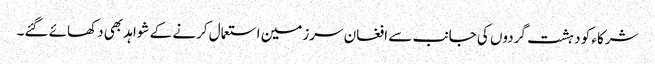
شرکاء کو دہشت گردوں کی جانب سے افغان سرزمین استعمال کرنے کے شواہد بھی دکھائے گئے۔